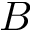
\boldsymbol { B }